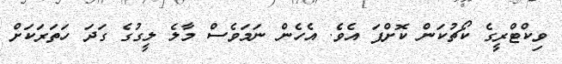
ވިކްޓްރީގެ ކޯޗުކަން ކޮށްފަ އެވެ. އެހެން ނަމަވެސް މާލެ ލީގުގެ ގަދަ ހަތަރަކަށް